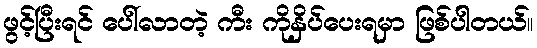
ဖွင့်ပြီးရင် ပေါ်လာတဲ့ ကီး ကိုနှိပ်ပေးရမှာ ဖြစ်ပါတယ်။